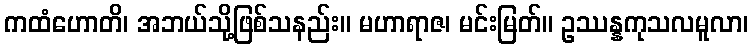
ကထံဟောတိ၊ အဘယ်သို့ဖြစ်သနည်း။ မဟာရာဇ၊ မင်းမြတ်။ ဥဿန္နကုသလမူလာ၊